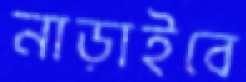
নাড়াইবে